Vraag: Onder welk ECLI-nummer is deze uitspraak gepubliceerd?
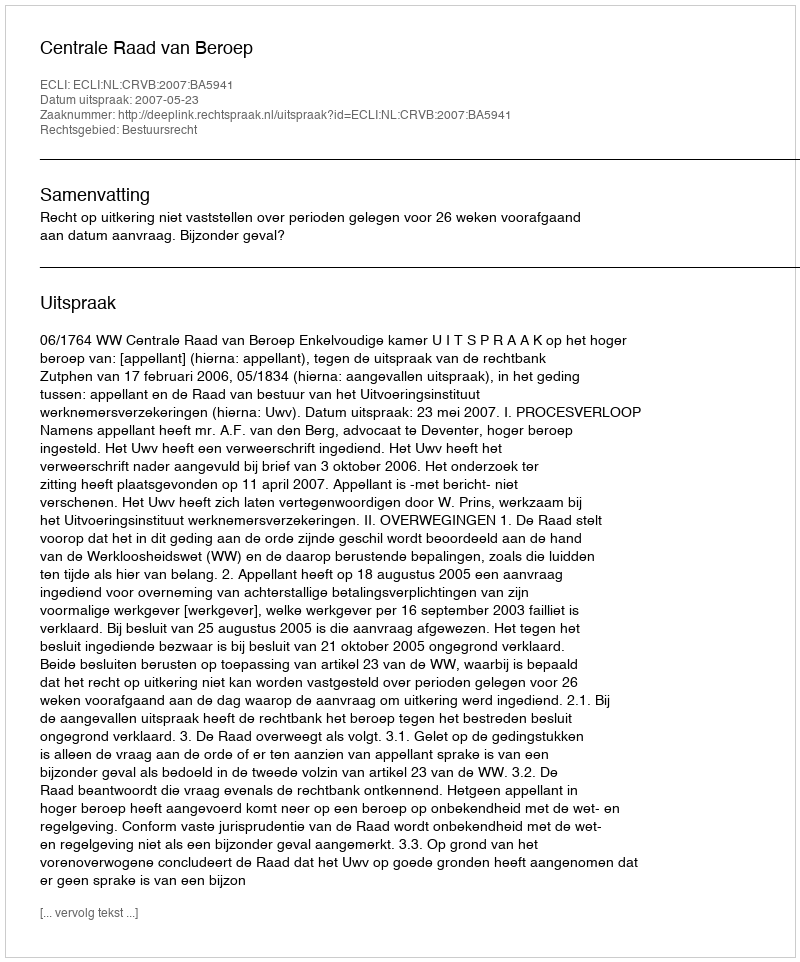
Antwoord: ECLI:NL:CRVB:2007:BA5941